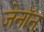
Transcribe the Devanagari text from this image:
जेनॉन